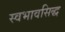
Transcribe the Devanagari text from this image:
स्वभावसिद्ध